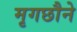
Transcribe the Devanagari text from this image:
मृगछौने